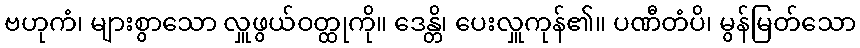
ဗဟုကံ၊ များစွာသော လှူဖွယ်ဝတ္ထုကို။ ဒေန္တိ၊ ပေးလှူကုန်၏။ ပဏီတံပိ၊ မွန်မြတ်သော